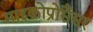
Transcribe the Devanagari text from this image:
माइक्रोप्रोसैसर